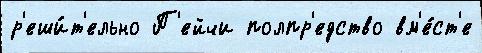
р'еши́т'ельно П'ейчи полпр'едство вм'е́ст'е